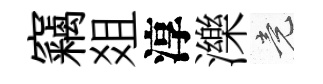
竊爼淳濼竟